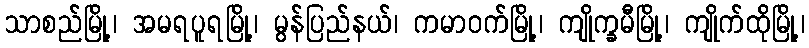
သာစည်မြို့၊ အမရပူရမြို့၊ မွန်ပြည်နယ်၊ ကမာဝက်မြို့၊ ကျိုက္ခမီမြို့၊ ကျိုက်ထိုမြို့၊